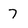
Character: 7